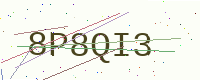
Text: 8P8QI3